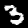
Label: 3